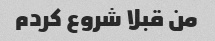
من قبلا شروع کردم